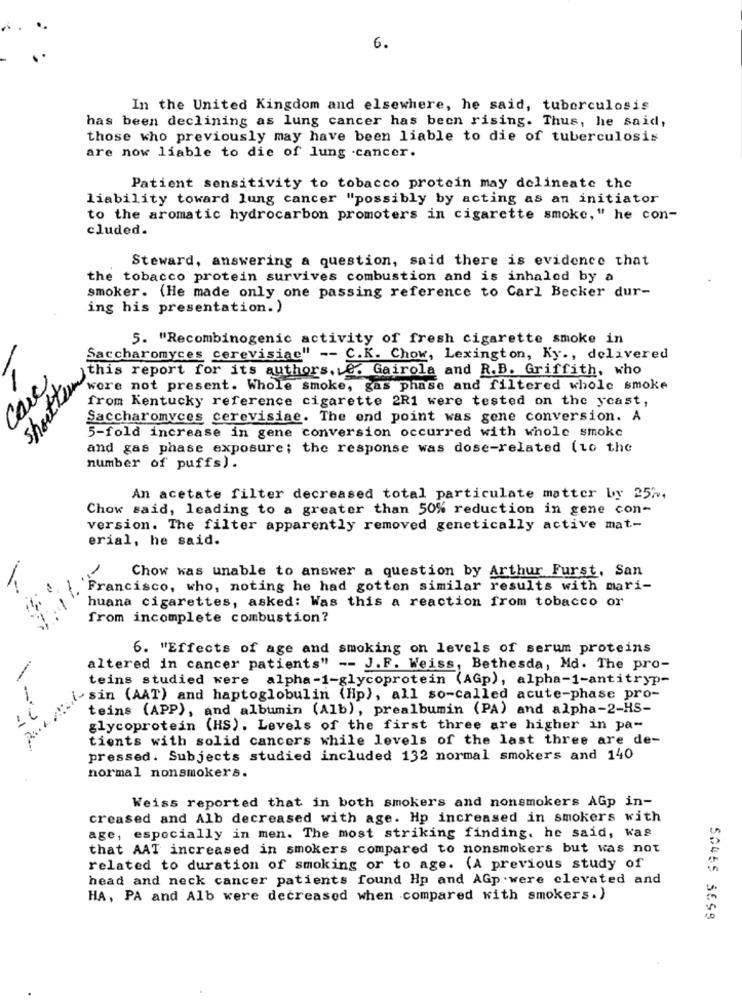
6.
In the United Kingdom and elsewhere, he said, tuberculosis
has been declining as lung cancer has been rising. Thus, he said,
those who previously may have been liable to die of tuberculosis
are now liable to die of lung cancer.
Patient sensitivity to tobacco protein may delineate the
liability toward lung cancer "possibly by acting as an initiator
to the aromatic hydrocarbon promoters in cigarette smoke," he con-
cluded.
Steward, answering a question, said there is evidence that
the tobacco protein survives combustion and is inhaled by a
smoker. (He made only one passing reference to Carl Becker dur-
ing his presentation. )
5. "Recombinogenic activity of fresh cigarette smoke in
Saccharomyces cerevisiae" -- C.K. Chow, Lexington, Ky ., delivered
short tous
this report for its authors. E. Gairola and R.B. Griffith, who
Care
wore not present. Whole smoke, gas phase and filtered whole smoke
from Kentucky reference cigarette 2R1 were tested on the ycast,
Saccharomyces cerevisiae. The end point was gene conversion. A
5-fold increase in gene conversion occurred with whole smoke
and gas phase exposure; the response was dose-related (to the
number of puffs).
An acetate filter decreased total particulate matter by 25%.
Chow said, leading to a greater than 50% reduction in gene con-
version. The filter apparently removed genetically active mat-
erial, he said.
-
Chow was unable to answer a question by Arthur Furst, San
Francisco, who, noting he had gotten similar results with mari-
huana cigarettes, asked: Was this a reaction from tobacco or
from incomplete combustion?
6. "Effects of age and smoking on levels of serum proteins
altered in cancer patients" -- J.F. Weiss, Bethesda, Md. The pro-
teins studied were alpha-1-glycoprotein (AGp), alpha-1-antitryp-
sin (AAT) and haptoglobulin (Hp), all so-called acute-phase pro-
teins (APP), and albumin (Alb), prealbumin (PA) and alpha-2-HS-
glycoprotein (HS). Levels of the first three are higher in pa-
tients with solid cancers while levels of the last three are de-
pressed. Subjects studied included 132 normal smokers and 140
normal nonsmokers.
Weiss reported that in both smokers and nonsmokers AGp in-
creased and Alb decreased with age. Hp increased in smokers with
age, especially in men. The most striking finding, he said, was
that AAT increased in smokers compared to nonsmokers but was not
related to duration of smoking or to age. (A previous study of
head and neck cancer patients found Hp and AGp .were elevated and
HA, PA and Alb were decreased when compared with smokers.)
SONES 5658